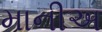
માનીઅ